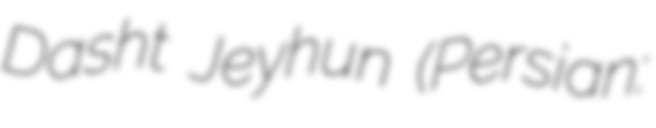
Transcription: Dasht Jeyhun (Persian: